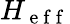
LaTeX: H_{\mathrm{~e~f~f~}}